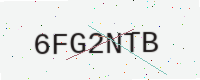
Text: 6FG2NTB